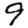
Digit: 9